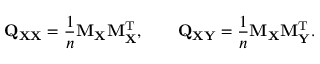
\mathbf { Q } _ { \mathbf { X X } } = { \frac { 1 } { n } } \mathbf { M } _ { \mathbf { X } } \mathbf { M } _ { \mathbf { X } } ^ { \mathrm { { T } } } , \qquad \mathbf { Q } _ { \mathbf { X Y } } = { \frac { 1 } { n } } \mathbf { M } _ { \mathbf { X } } \mathbf { M } _ { \mathbf { Y } } ^ { \mathrm { { T } } } .